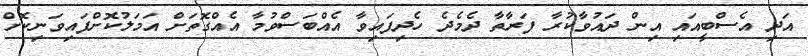
އަދި އެސްބީއައި އިން ދައުވާކުރާ ފަރާތާ ދެމެދެ ހެދިފައިވާ އެއްބަސްވުމާ އެއްގޮތަށް އަމަލުކޮށްފައިވަނިކޮށް